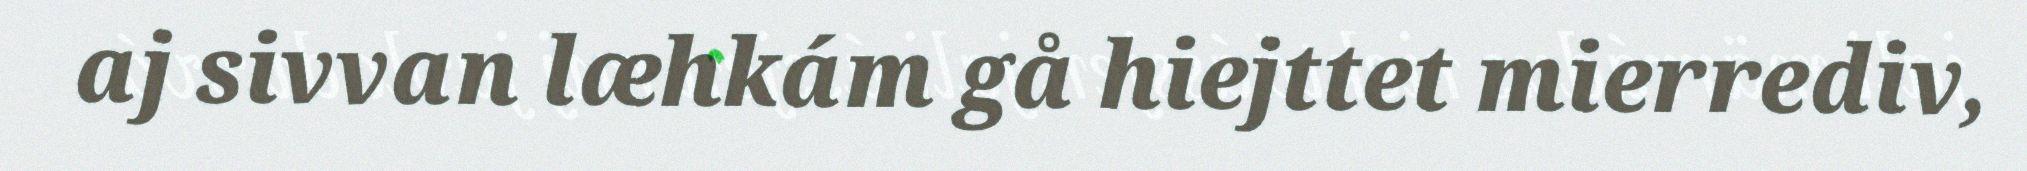
aj sivvan læhkám gå hiejttet mierrediv,